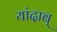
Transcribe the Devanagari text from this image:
यांदाब्